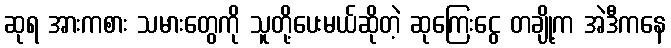
ဆုရ အားကစား သမားတွေကို သူတို့ပေးမယ်ဆိုတဲ့ ဆုကြေးငွေ တချို့က အဲဒီကနေ